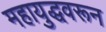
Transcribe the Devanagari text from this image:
महायुद्धवरून